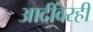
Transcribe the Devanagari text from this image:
आदींवरही